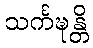
သင်္ကဍ္ဎန္တိ